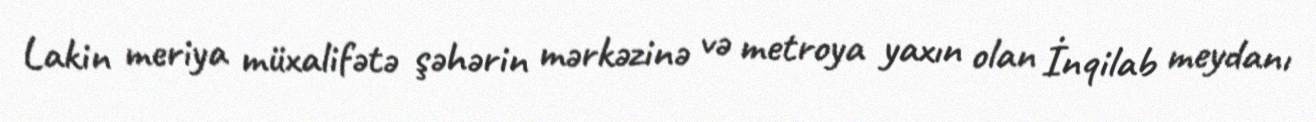
Lakin meriya müxalifətə şəhərin mərkəzinə və metroya yaxın olan İnqilab meydanı